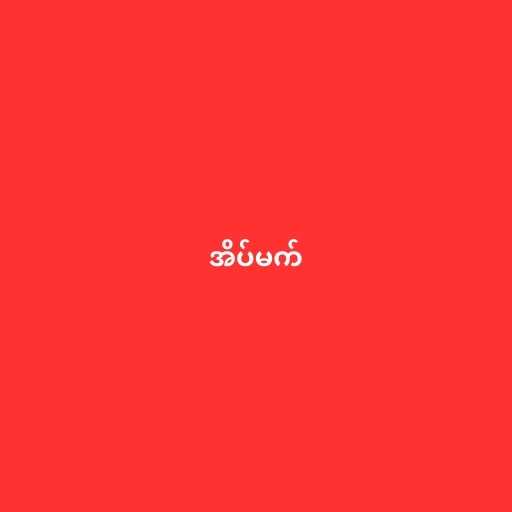
အိပ်မက်